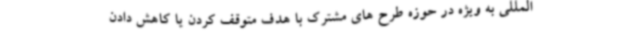
المللی به ویژه در حوزه طرح های مشترک با هدف متوقف کردن یا کاهش دادن